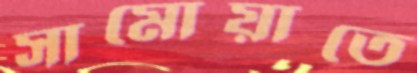
সামোয়াতে